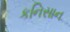
કનિસાન